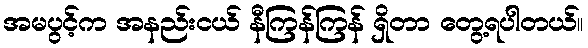
အမပွင့်က အနည်းငယ် နီကြန်ကြန် ရှိတာ တွေ့ရပါတယ်။